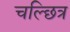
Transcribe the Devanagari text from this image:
चल्छित्र